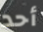
أحد